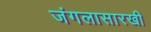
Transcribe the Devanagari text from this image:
जंगलासारखी